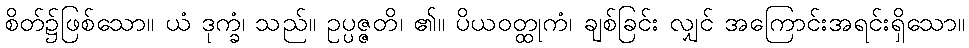
စိတ်၌ဖြစ်သော။ ယံ ဒုက္ခံ၊ သည်။ ဥပ္ပဇ္ဇတိ၊ ၏။ ပိယဝတ္ထုကံ၊ ချစ်ခြင်း လျှင် အကြောင်းအရင်းရှိသော။